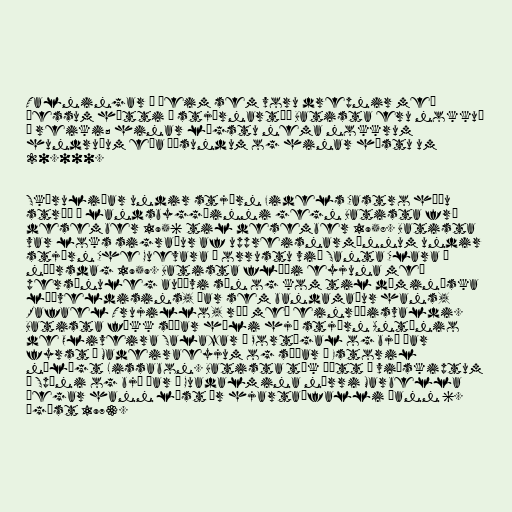
Talningar á þeim sem voru drepnir með
þessum hætti á stjórnartíð Batista eru nokkuð
á reiki; hinar lægstu nema nokkrum
hundruðum eða þúsundum og hinar hæstu um
20.000.

Skæruliðar undir stjórn Fidels Castro háðu
stríð á landsbyggðinni gegn Batista frá
desember 1956 til desember 1958. Batista
var loks sigraður af uppreisnarmönnum undir
stjórn Che Guevara í orrustu við Santa Clara á
nýársdag 1959. Batista flúði eyjuna með
persónuleg auðævi sín og kom til dóminíska
lýðveldisins, þar sem bandamaður hans,
Rafael Trujillo, réð með einræðisvaldi.
Batista fékk síðar hæli hjá stjórn António
de Oliveira Salazar í Portúgal og bjó þar
fyrst á Madeiraeyjum og síðar í Estoril
nálægt Lissabon. Batista tók þátt í viðskiptum
á Spáni og bjó þar í Guadalmina nærri Marbella
þegar hann lést úr hjartaáfalli þann 6.
ágúst 1973.